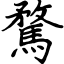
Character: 騖